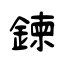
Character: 鍊